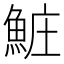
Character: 𬵐